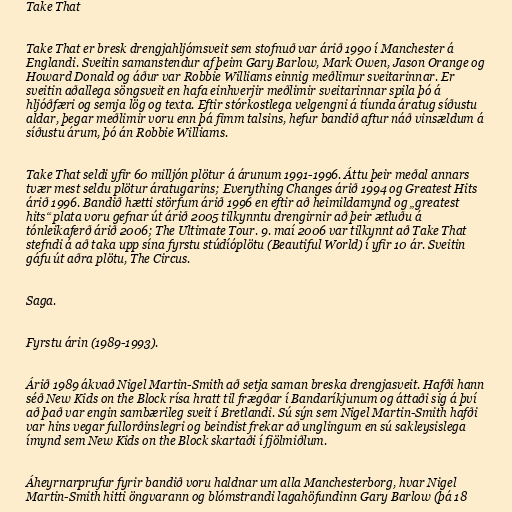
Take That

Take That er bresk drengjahljómsveit sem stofnuð var árið 1990 í Manchester á
Englandi. Sveitin samanstendur af þeim Gary Barlow, Mark Owen, Jason Orange og
Howard Donald og áður var Robbie Williams einnig meðlimur sveitarinnar. Er
sveitin aðallega söngsveit en hafa einhverjir meðlimir sveitarinnar spila þó á
hljóðfæri og semja lög og texta. Eftir stórkostlega velgengni á tíunda áratug síðustu
aldar, þegar meðlimir voru enn þá fimm talsins, hefur bandið aftur náð vinsældum á
síðustu árum, þó án Robbie Williams.

Take That seldi yfir 60 milljón plötur á árunum 1991-1996. Áttu þeir meðal annars
tvær mest seldu plötur áratugarins; Everything Changes árið 1994 og Greatest Hits
árið 1996. Bandið hætti störfum árið 1996 en eftir að heimildamynd og „greatest
hits“ plata voru gefnar út árið 2005 tilkynntu drengirnir að þeir ætluðu á
tónleikaferð árið 2006; The Ultimate Tour. 9. maí 2006 var tilkynnt að Take That
stefndi á að taka upp sína fyrstu stúdíóplötu (Beautiful World) í yfir 10 ár. Sveitin
gáfu út aðra plötu, The Circus.

Saga.

Fyrstu árin (1989-1993).

Árið 1989 ákvað Nigel Martin-Smith að setja saman breska drengjasveit. Hafði hann
séð New Kids on the Block rísa hratt til frægðar í Bandaríkjunum og áttaði sig á því
að það var engin sambærileg sveit í Bretlandi. Sú sýn sem Nigel Martin-Smith hafði
var hins vegar fullorðinslegri og beindist frekar að unglingum en sú sakleysislega
ímynd sem New Kids on the Block skartaði í fjölmiðlum.

Áheyrnarprufur fyrir bandið voru haldnar um alla Manchesterborg, hvar Nigel
Martin-Smith hitti öngvarann og blómstrandi lagahöfundinn Gary Barlow (þá 18